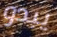
يبدو